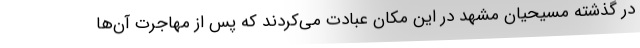
در گذشته مسیحیان مشهد در این مکان عبادت می‌کردند که پس از مهاجرت آن‌ها